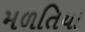
મળતિયા